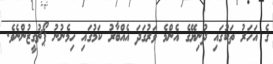
ގެ އަހަރު ތަކުގައި ދުނިޔޭގެ އެންމެ ވަރުގަދަ އެއްބާރު ކަމުގައި ހިމެނުނު ޕޯޗުގީޒުންނެވެ.